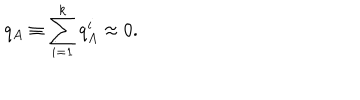
LaTeX: q _ { A } \equiv \sum _ { i = 1 } ^ { k } { q _ { A } ^ { i } \approx 0 } .